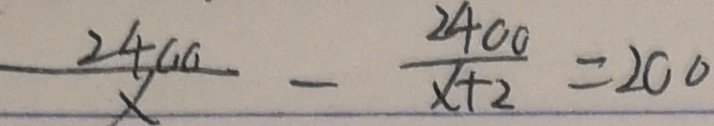
\frac { 2 4 0 0 } { x } - \frac { 2 4 0 0 } { x } = 2 0 0